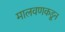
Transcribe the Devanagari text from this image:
मालवणकडून